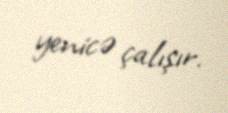
yenicə çalışır.